画像に写った文字を読んでください
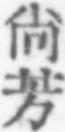
「尙芳」と書いてあります